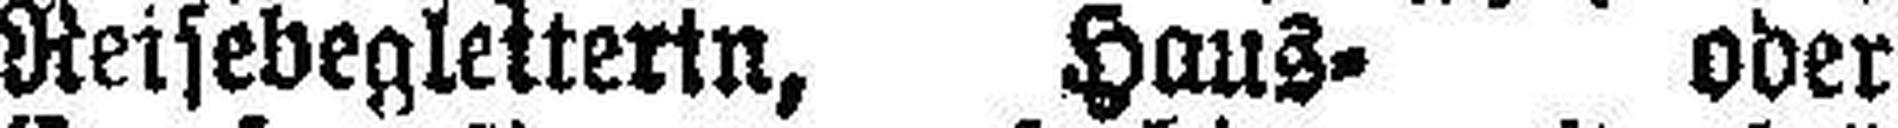
Reisebegleiterin, Haus= oder